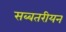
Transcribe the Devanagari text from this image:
सब्बतरीयन